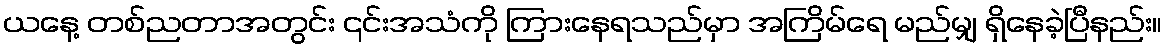
ယနေ့ တစ်ညတာအတွင်း ၎င်းအသံကို ကြားနေရသည်မှာ အကြိမ်ရေ မည်မျှ ရှိနေခဲ့ပြီနည်း။